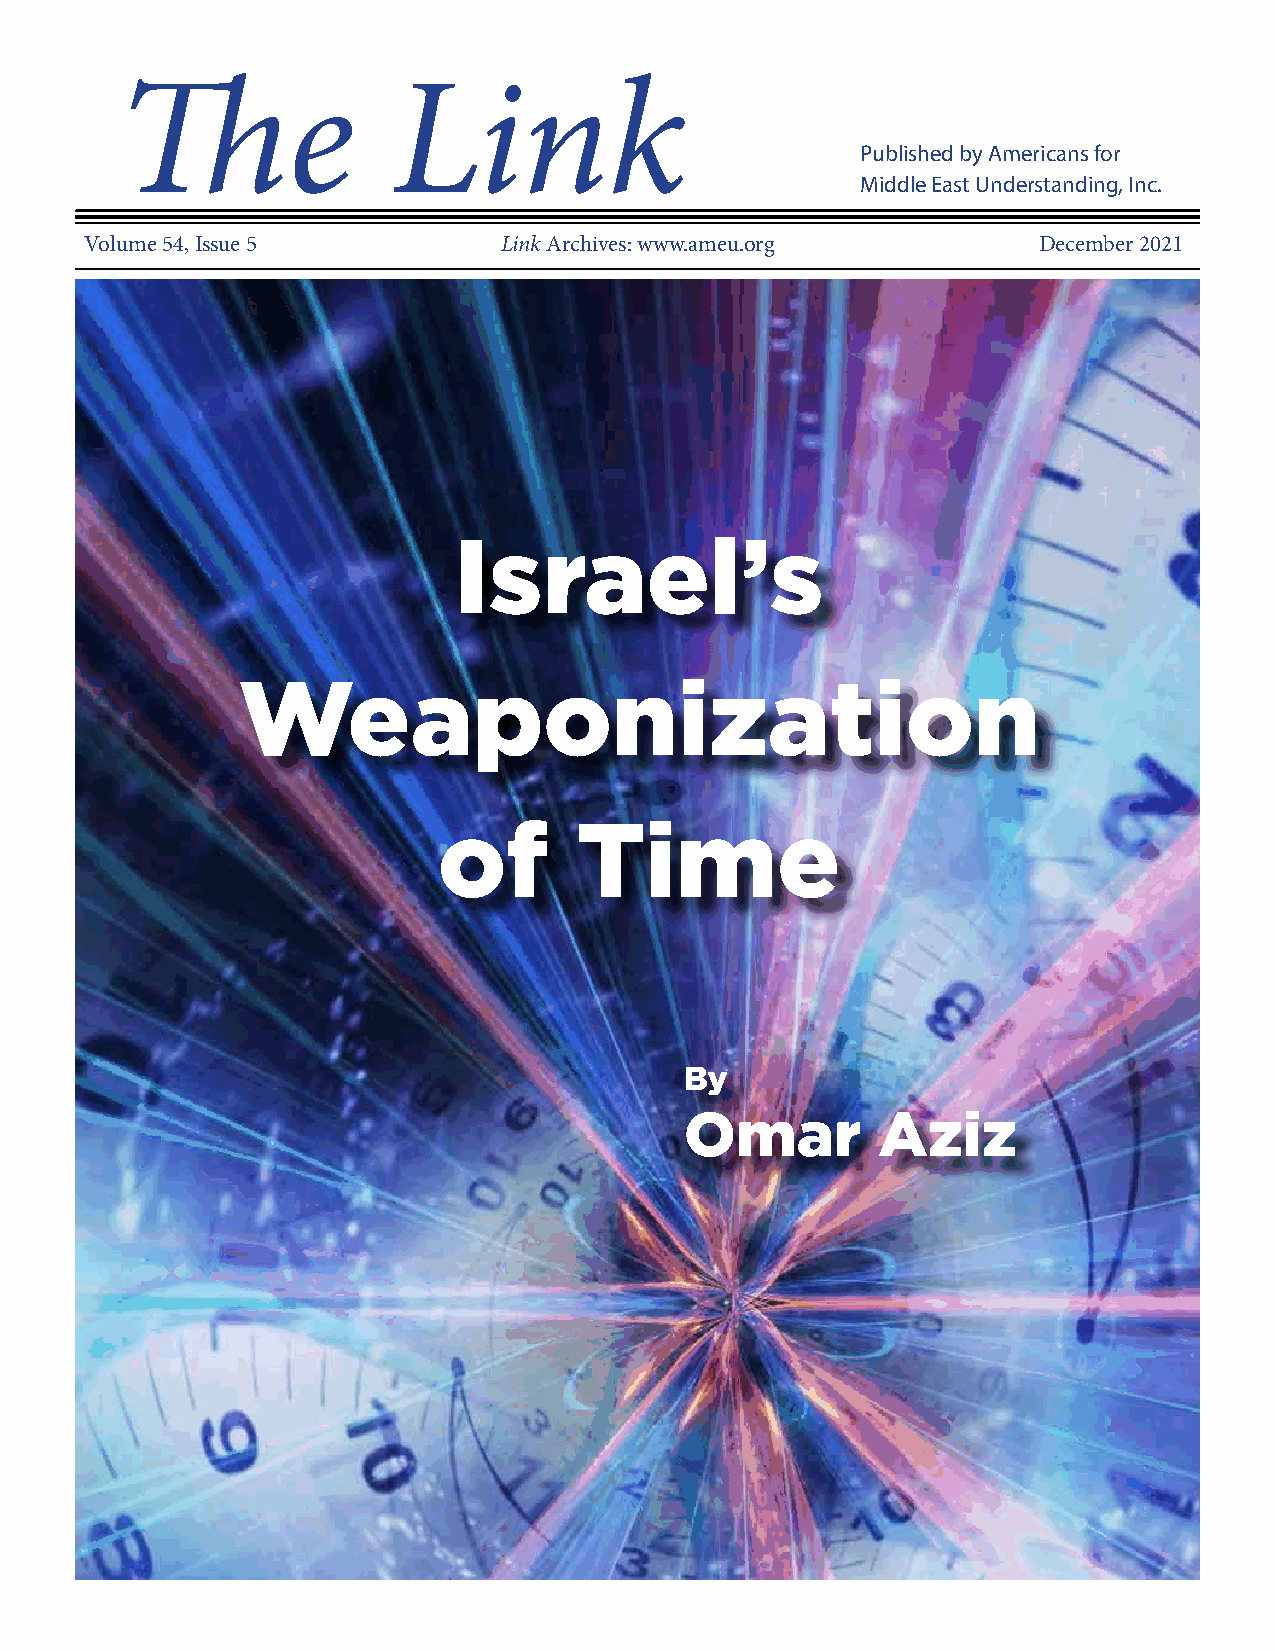
The LThink    e      Linwwwk.ameu.org                                 Page 1
 Published by Americans for
 Middle East Understanding, Inc.
 Volume 54, Issue 5         Link Archives: www.ameu.org         December 2021
 Israel’s
 Weaponization
 of       Time
 By
 Omar         Aziz